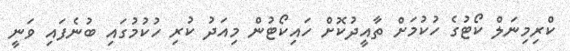
ކްރިމިނަލް ކޯޓުގެ ހުކުމަށް ތާއީދުކޮށް ހައިކޯޓުން މިއަދު ކުރި ހުކުމުގައި ބުނެފައި ވަނީ